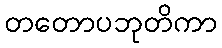
တတောပဘုတိကာ